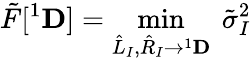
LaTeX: \tilde{F}[{}^{1}{\mathbf D}]=\operatorname*{min}_{\hat{L}_{I},\hat{R}_{I}\to{}^{1}{\mathbf D}}~\tilde{\sigma}_{I}^{2}